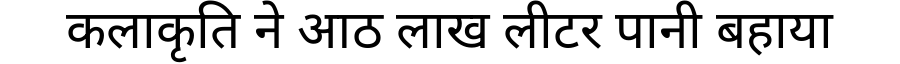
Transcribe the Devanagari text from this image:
कलाकृति ने आठ लाख लीटर पानी बहाया